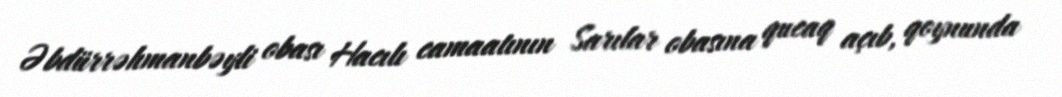
Əbdürrəhmanbəyli obası Hacılı camaatının Sarılar obasına qucaq açıb, qoynunda